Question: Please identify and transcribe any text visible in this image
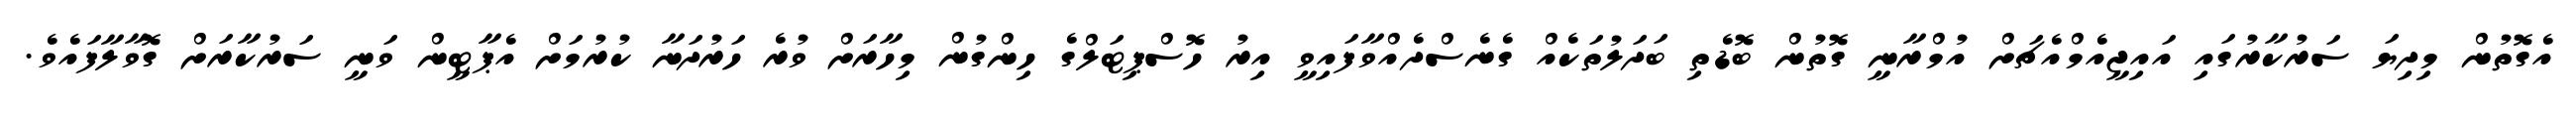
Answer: އެގޮތުން މިދިޔަ ސަރުކާރުގައި އައިޖީއެމްއެޗަށް އުމްރާނީ ގޮތުން ބޮޑެތި ބަދަލުތަކެއް ގެނެސްދެއްވާފައިވީ އިރު ހޮސްޕިޓަލްގެ ހިންގުން މިހާރަށް ވުރެ ހަރުދަނާ ކުރުމަށް އެޕާޓީން ވަނީ ސަރުކާރަށް ގޮވާލާފައެވެ.